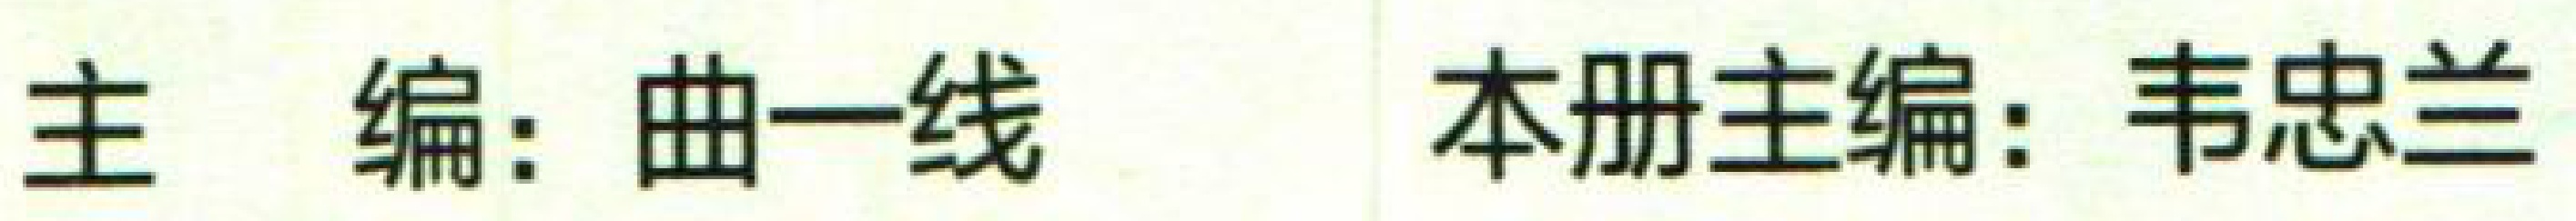
主编：曲一线 本册主编：韦忠兰